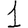
Digit: 1